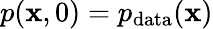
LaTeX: p(\mathbf{x},0)=p_{\mathrm{data}}(\mathbf{x})